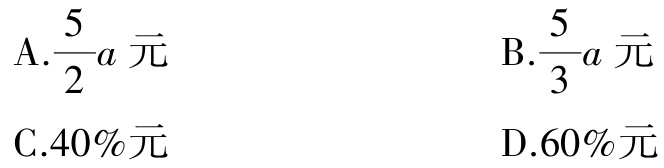
A.$\frac{5}{2}a$元
B.$\frac{5}{3}a$元
C.$40\%元$
D.$60\%元$